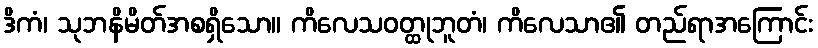
ဒိကံ၊ သုဘနိမိတ်အစရှိသော။ ကိလေသဝတ္ထုဘူတံ၊ ကိလေသာ၏ တည်ရာအကြောင်း